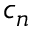
c _ { n }